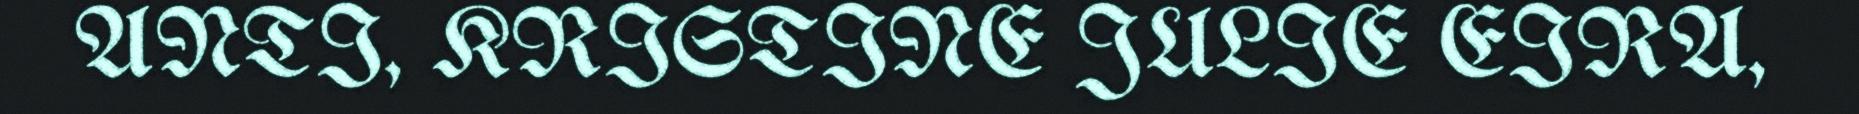
ANTI, KRISTINE JULIE EIRA,